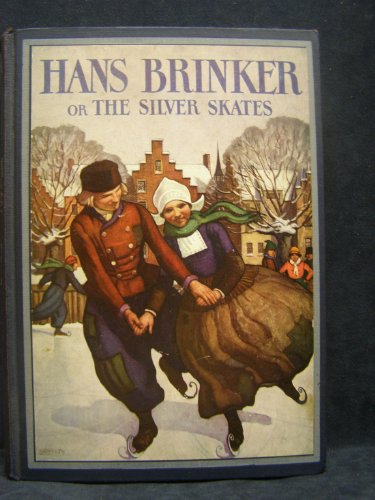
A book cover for Hans Brinker: or, The Silver Skates; Mary Mapes Dodge; Sports & Outdoors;